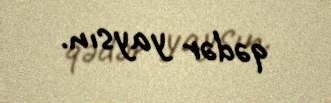
qədər yaysın.